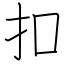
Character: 扣